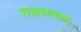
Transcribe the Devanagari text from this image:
राक्षसतल